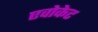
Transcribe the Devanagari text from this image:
एवोकेट